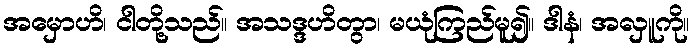
အမှောဟိ၊ ငါတို့သည်။ အသဒ္ဒဟိတွာ၊ မယုံကြည်မူ၍။ ဒါနံ၊ အလှူကို။